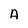
Character: A